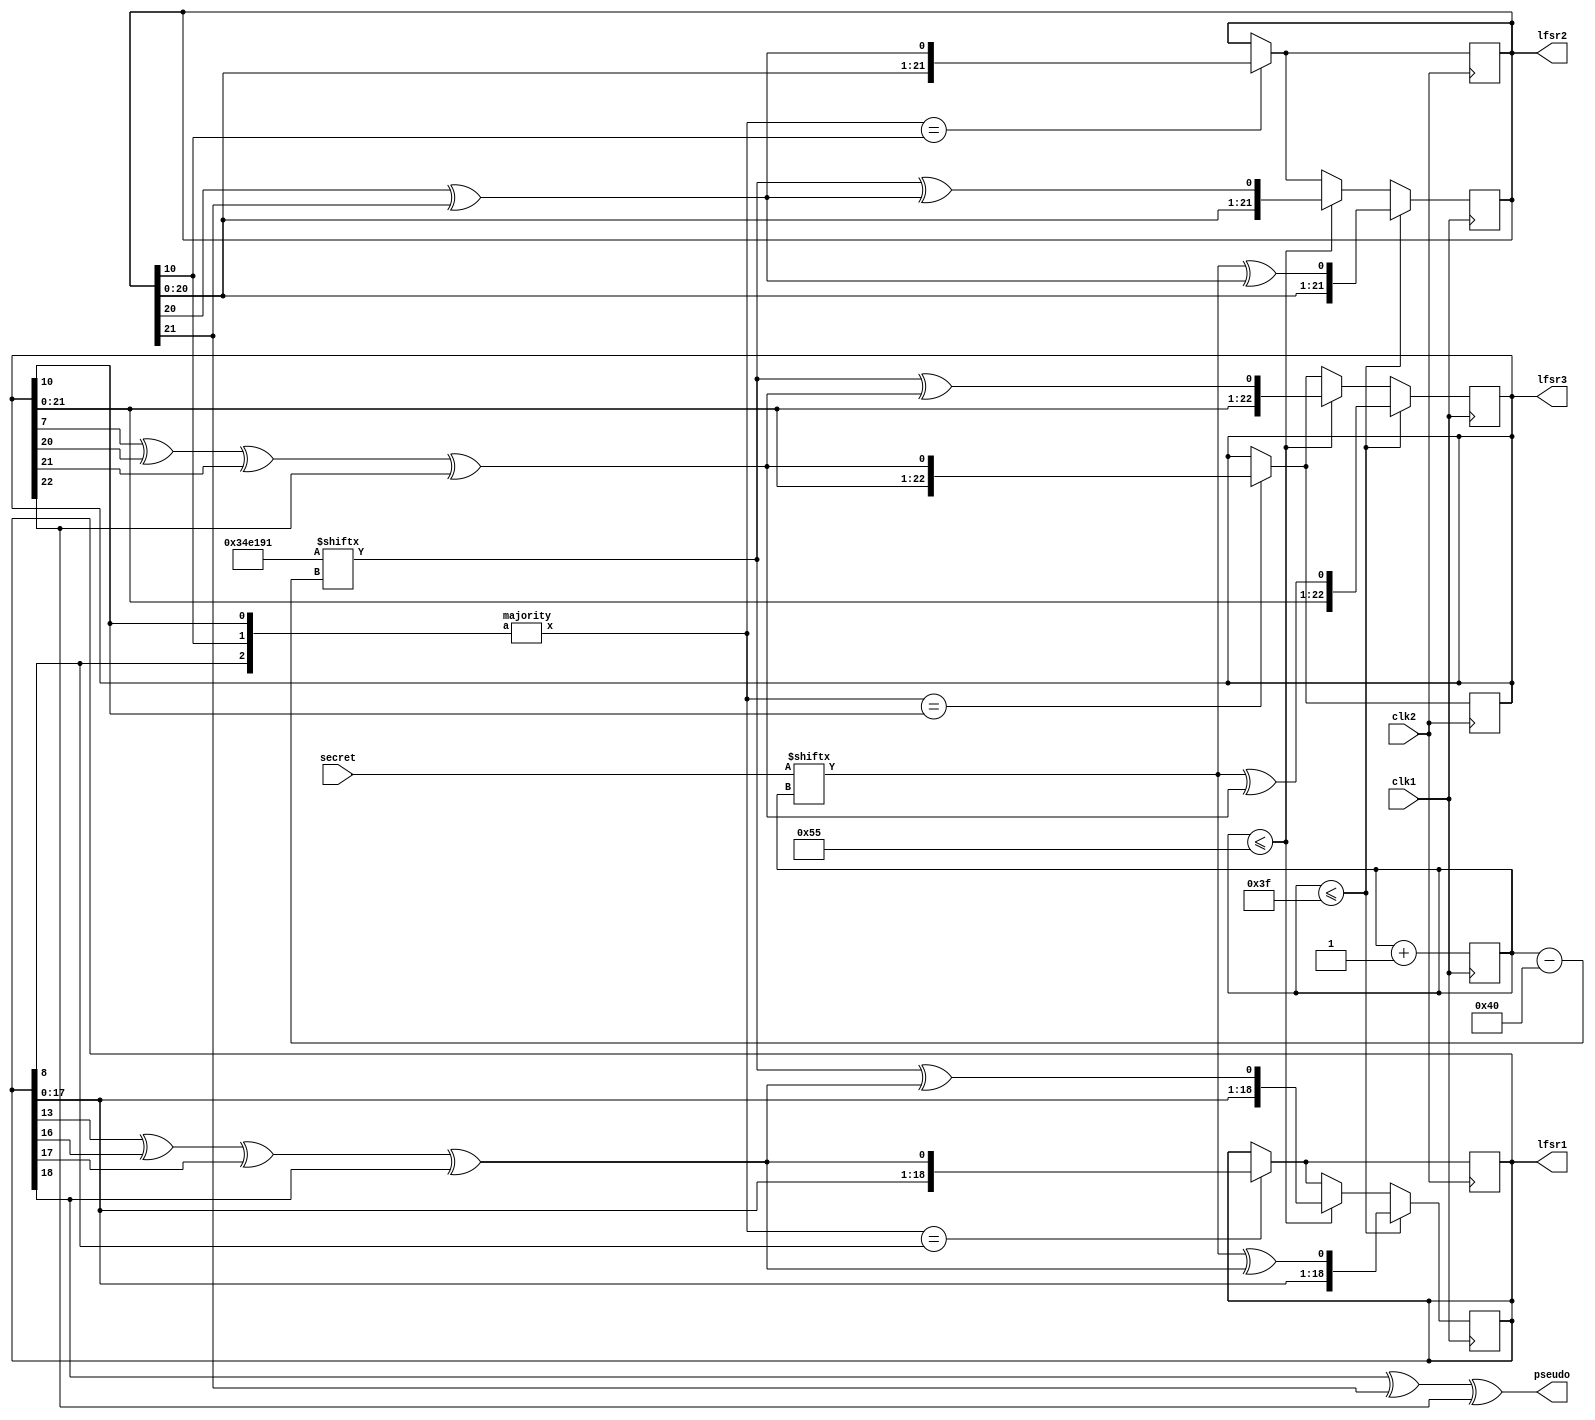
`timescale 1ns / 1ps
//////////////////////////////////////////////////////////////////////////////////
// Company: 
// Engineer: 
// 
// Design Name: 
// Module Name: top_module
// Project Name: 
// Target Devices: 
// Tool Versions: 
// Description: 
// 
// Dependencies: 
// 
// Revision:
// Revision 0.01 - File Created
// Additional Comments:
// 
//////////////////////////////////////////////////////////////////////////////////


//Make sure there should only be 64+22+100 = 186 positive edges of clk1
module top_module(
    input clk1,
    input clk2,
    input [63:0]secret,
    output reg [18:0]lfsr1=19'd0,
    output reg [21:0]lfsr2=22'd0,
    output reg [22:0]lfsr3=23'd0,
    output  pseudo
    );
    reg [21:0]public=22'b1101001110000110010001;
    wire maj;
    wire w1,w2,w3;
    assign w1= lfsr1[13]^lfsr1[16]^lfsr1[17]^lfsr1[18];
    assign w2=lfsr2[20]^lfsr2[21];
    assign w3=lfsr3[7]^lfsr3[20]^lfsr3[21]^lfsr3[22];
    reg [8:0]count=8'b0;
    majority ins({lfsr1[8],lfsr2[10],lfsr3[10]},maj);
    always @(posedge clk1)   begin
        if(count<=63)   begin
            lfsr1<={lfsr1[17:0],secret[count]^w1};
            lfsr2<={lfsr2[20:0],secret[count]^w2};
            lfsr3<={lfsr3[21:0],secret[count]^w3};
        end
        else if(count<=85) begin
            lfsr1<={lfsr1[17:0],public[count-64]^w1};
            lfsr2<={lfsr2[20:0],public[count-64]^w2};
            lfsr3<={lfsr3[21:0],public[count-64]^w3};
        end
        
        else begin
            
            lfsr1<= (maj==lfsr1[8])?({lfsr1[17:0],w1}):lfsr1;
            lfsr2<= (maj==lfsr2[10])?({lfsr2[20:0],w2}):lfsr2;
            lfsr3<= (maj==lfsr3[10])?{lfsr3[21:0],w3}:lfsr3;       
        end
        count<=count+1;
    end
    
    always @(posedge clk2) begin
        lfsr1<= (maj==lfsr1[8])?({lfsr1[17:0],w1}):lfsr1;
        lfsr2<= (maj==lfsr2[10])?({lfsr2[20:0],w2}):lfsr2;
        lfsr3<= (maj==lfsr3[10])?{lfsr3[21:0],w3}:lfsr3;
        //pseudo = lfsr1[18]^lfsr2[21]^lfsr3[22];
    end
    assign pseudo = lfsr1[18]^lfsr2[21]^lfsr3[22];
endmodule

module majority(input [2:0]a, output reg x);
    always @(*) begin
        case(a)
            3'b000: x=0;
            3'b001: x=0;
            3'b010: x=0;
            3'b011: x=1;
            3'b100: x=0;
            3'b101: x=1;
            3'b110: x=1;
            3'b111: x=1;
        endcase
    end
endmodule